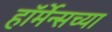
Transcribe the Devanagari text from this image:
हॉर्मेन्सच्या